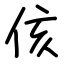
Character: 侅